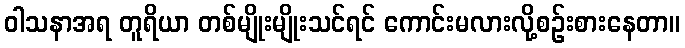
ဝါသနာအရ တူရိယာ တစ်မျိုးမျိုးသင်ရင် ကောင်းမလားလို့စဉ်းစားနေတာ။